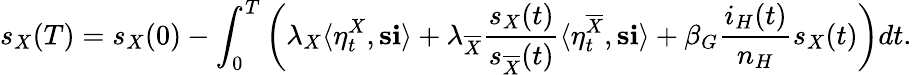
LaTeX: s_{X}(T)=s_{X}(0)-\int_{0}^{T}\left(\lambda_{X}\langle\eta_{t}^{X},\mathbf{s}\mathbf{i}\rangle+\lambda_{\overline{{X}}}\frac{s_{X}(t)}{s_{\overline{{X}}}(t)}\langle\eta_{t}^{\overline{{X}}},\mathbf{s}\mathbf{i}\rangle+\beta_{G}\frac{i_{H}(t)}{n_{H}}s_{X}(t)\right)dt.